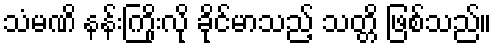
သံမဏိ နန်းကြိုးလို ခိုင်မာသည့် သတ္တိ ဖြစ်သည်။